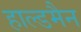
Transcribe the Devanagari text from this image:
हाल्डमैन